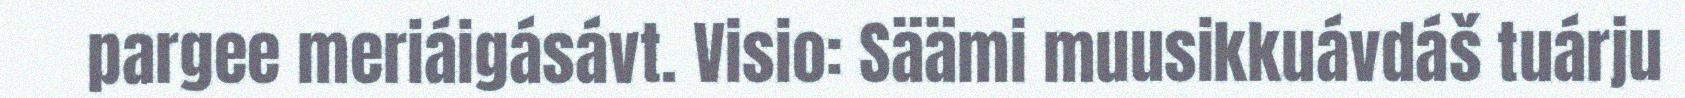
pargee meriáigásávt. Visio: Säämi muusikkuávdáš tuárju